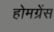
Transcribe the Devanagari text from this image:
होमग्रेंस